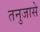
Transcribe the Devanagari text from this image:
तनुजासे